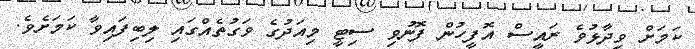
ކަމަށް ވިދާޅުވެ ރައީސް އޮފީހުން ފޮނުވި ސިޓީ މިއަދުގެ ވަގުތެއްގައި ލިބިފައިވާ ކަމަށެވެ.